Civil Veterinary Department Bihar & Orissa reports 1922-29 - 1922-1929
Year: 1922
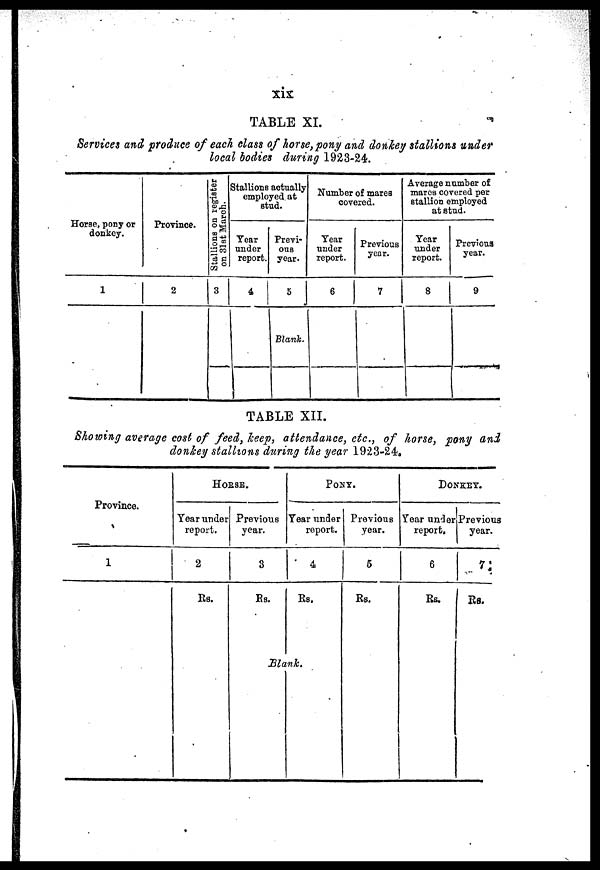
xix
TABLE XI.
Services and produce of each class of horse, pony and donkey stallions under
local bodies during 1923-24.
Horse, pony or
donkey.
1
Province.
2
Stallions on register
on 3l8t March.
3
Stallions actually
employed at
stud.
Year
under
report.
4
1
Previ-
ous
year.
5
Blank.
Number of mares
covered.
Year
under
report.
6
Previous
year.
7
Average numb or of
mares covered per
stallion employed
at stud.
Year
under
report.
8
Previous
year.
9
TABLE XII.
Showing average cost of feed, keep, attendance, etc., of horse, pony and
donkey stallions during the year 1923-24.
Province.
1
HORSE.
Year under
report.
2
Rs.
Previous
year.
3
Rs.
PONY.
Year under
report.
4
Rs.
Blank.
Previous
year.
5
Rs.
DONKEY.
Year under
report.
6
Rs.
Previous
year.
7
Rs.